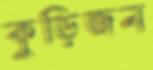
কুড়িজন